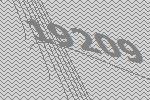
19209